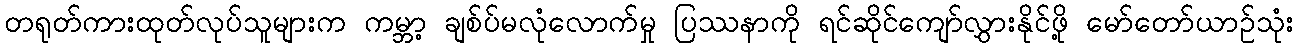
တရုတ်ကားထုတ်လုပ်သူများက ကမ္ဘာ့ ချစ်ပ်မလုံလောက်မှု ပြဿနာကို ရင်ဆိုင်ကျော်လွှားနိုင်ဖို့ မော်တော်ယာဉ်သုံး